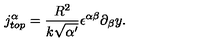
j _ { t o p } ^ { \alpha } = \frac { R ^ { 2 } } { k \sqrt { \alpha ^ { \prime } } } \epsilon ^ { \alpha \beta } \partial _ { \beta } y .